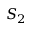
S _ { 2 }